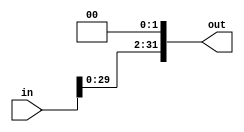
module shift #(parameter length=32 )(
input [length-1:0] in,
output [length-1:0] out
);
assign out=in<<2;
endmodule